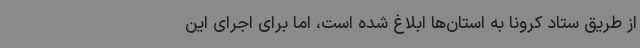
از طریق ستاد کرونا به استان‌ها ابلاغ شده است، اما برای اجرای این